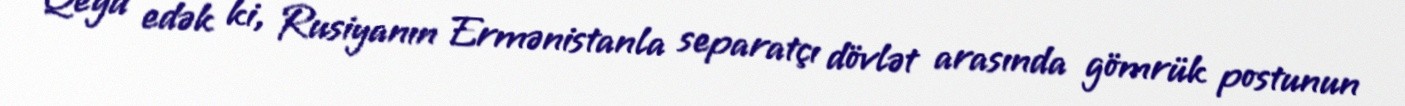
Qeyd edək ki, Rusiyanın Ermənistanla separatçı dövlət arasında gömrük postunun